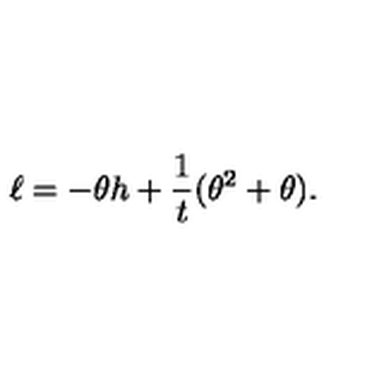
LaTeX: \ell = - \theta h + \frac { 1 } { t } ( \theta ^ { 2 } + \theta ) .